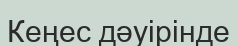
Кеңес дәуірінде